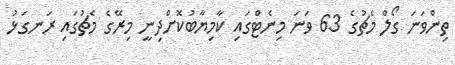
ތިންވަނަ ގޯލް މެޗުގެ 63 ވަނަ މިނެޓްގައި ކާމިޔާބުކޮށްދިނީ މިރޭގެ މެޗުގައި ރަނގަޅު